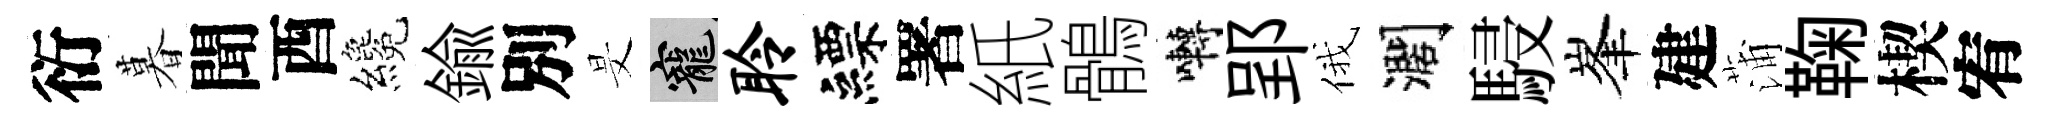
衍暮聞酉纔鍮別旻寵聆縹署紙鶻囀郢俄濶駸峯建蒲鞠楔宥